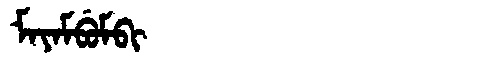
Manchu: ᠮᠠᠶᠠᠮᠪᡠᠮᠪᡳ
Romanization: MAYAMBUMBI